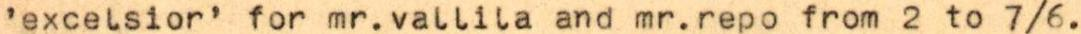
'excelsior' for mr.vallila and mr.repo from 2 to 7/6.